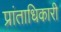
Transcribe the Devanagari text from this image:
प्रांताधिकारी